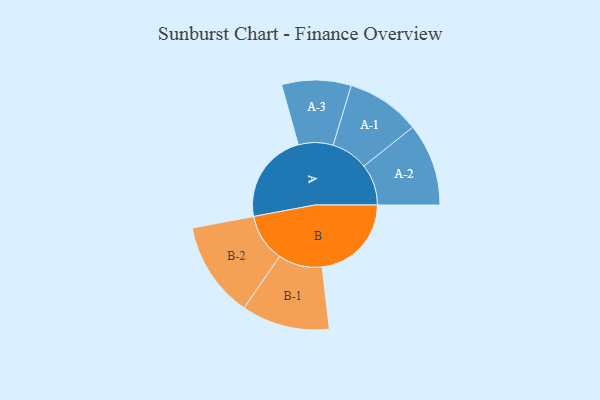
{"axis": {"x": "Segment", "y": "Value"}, "legend": ["", "A", "B"], "data": [{"x": "A", "y": 457, "type": ""}, {"x": "B", "y": 448, "type": ""}, {"x": "A-1", "y": 186, "type": "A"}, {"x": "A-2", "y": 207, "type": "A"}, {"x": "A-3", "y": 174, "type": "A"}, {"x": "B-1", "y": 221, "type": "B"}, {"x": "B-2", "y": 241, "type": "B"}]}